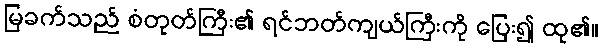
မြခက်သည် စံတုတ်ကြီး၏ ရင်ဘတ်ကျယ်ကြီးကို ပြေး၍ ထု၏။